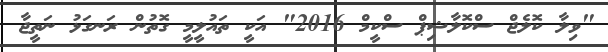
"ވިލާ ކޮލެޖް ސްކޮލާޝިޕް ސްކީމް 2016" އަކީ ތައުލީމީ ގޮތުން ރަނގަޅު ނަތީޖާ